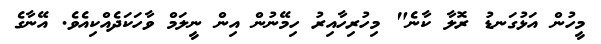
މީހުން އަޅުގަނޑު ރޮލާ ކާނެ" މިހުރިހާއިރު ހިމޭނުން އިން ނީލަމް ވާހަކަދެއްކިއެވެ. އޭނާގެ